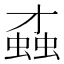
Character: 𧎆